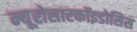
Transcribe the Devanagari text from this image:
न्यूरोसारकॉइडोसिस